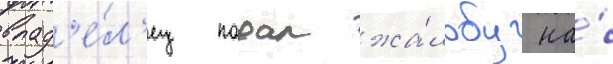
влад'е́л'ец подал жа́лобу на́